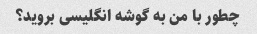
چطور با من به گوشه انگلیسی بروید؟